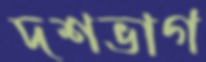
দশভাগ